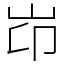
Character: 岇